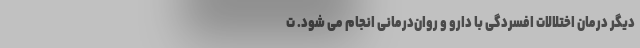
دیگر درمان اختلالات افسردگی با دارو و روان‌درمانی انجام می شود. ت